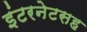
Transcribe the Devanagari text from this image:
इंटरनेटसह